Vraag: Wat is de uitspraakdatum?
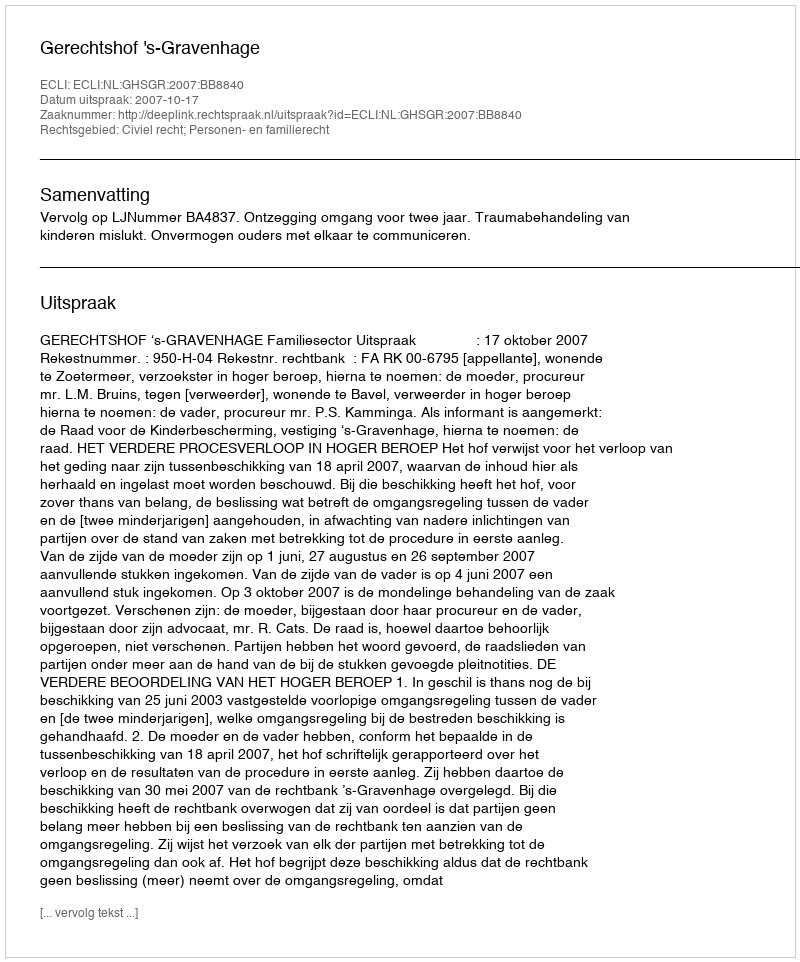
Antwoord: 2007-10-17